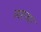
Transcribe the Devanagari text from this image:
जस्था